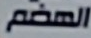
الهضم